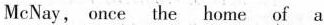
McNay, once the home of a